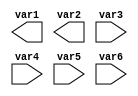
module mod_a ( output var1, output var2, input var3, input var4, input var5, input var6);

endmodule


module top_module ( 
    input a, 
    input b, 
    input c,
    input d,
    output out1,
    output out2
);
    mod_a inst (out1,out2,a,b,c,d);

endmodule